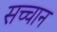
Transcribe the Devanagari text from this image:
सच्चान